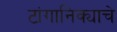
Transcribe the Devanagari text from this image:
टांगानिक्याचे